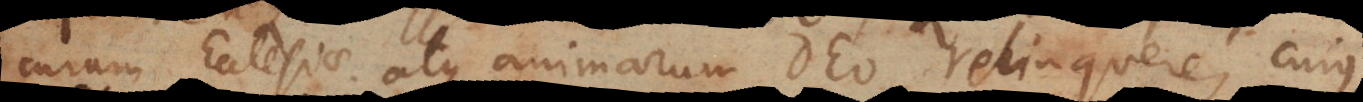
curam Ecclesiae atque animarum Deo relinquere, cujus